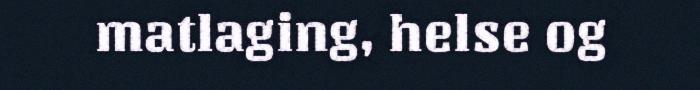
matlaging, helse og